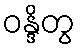
ဝန္ဒိတွ